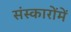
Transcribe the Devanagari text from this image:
संस्कारोंमें